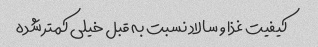
کیفیت غذا و سالاد نسبت به قبل خیلی کمتر شده